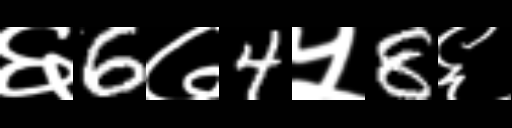
Text: ६6७4५8६